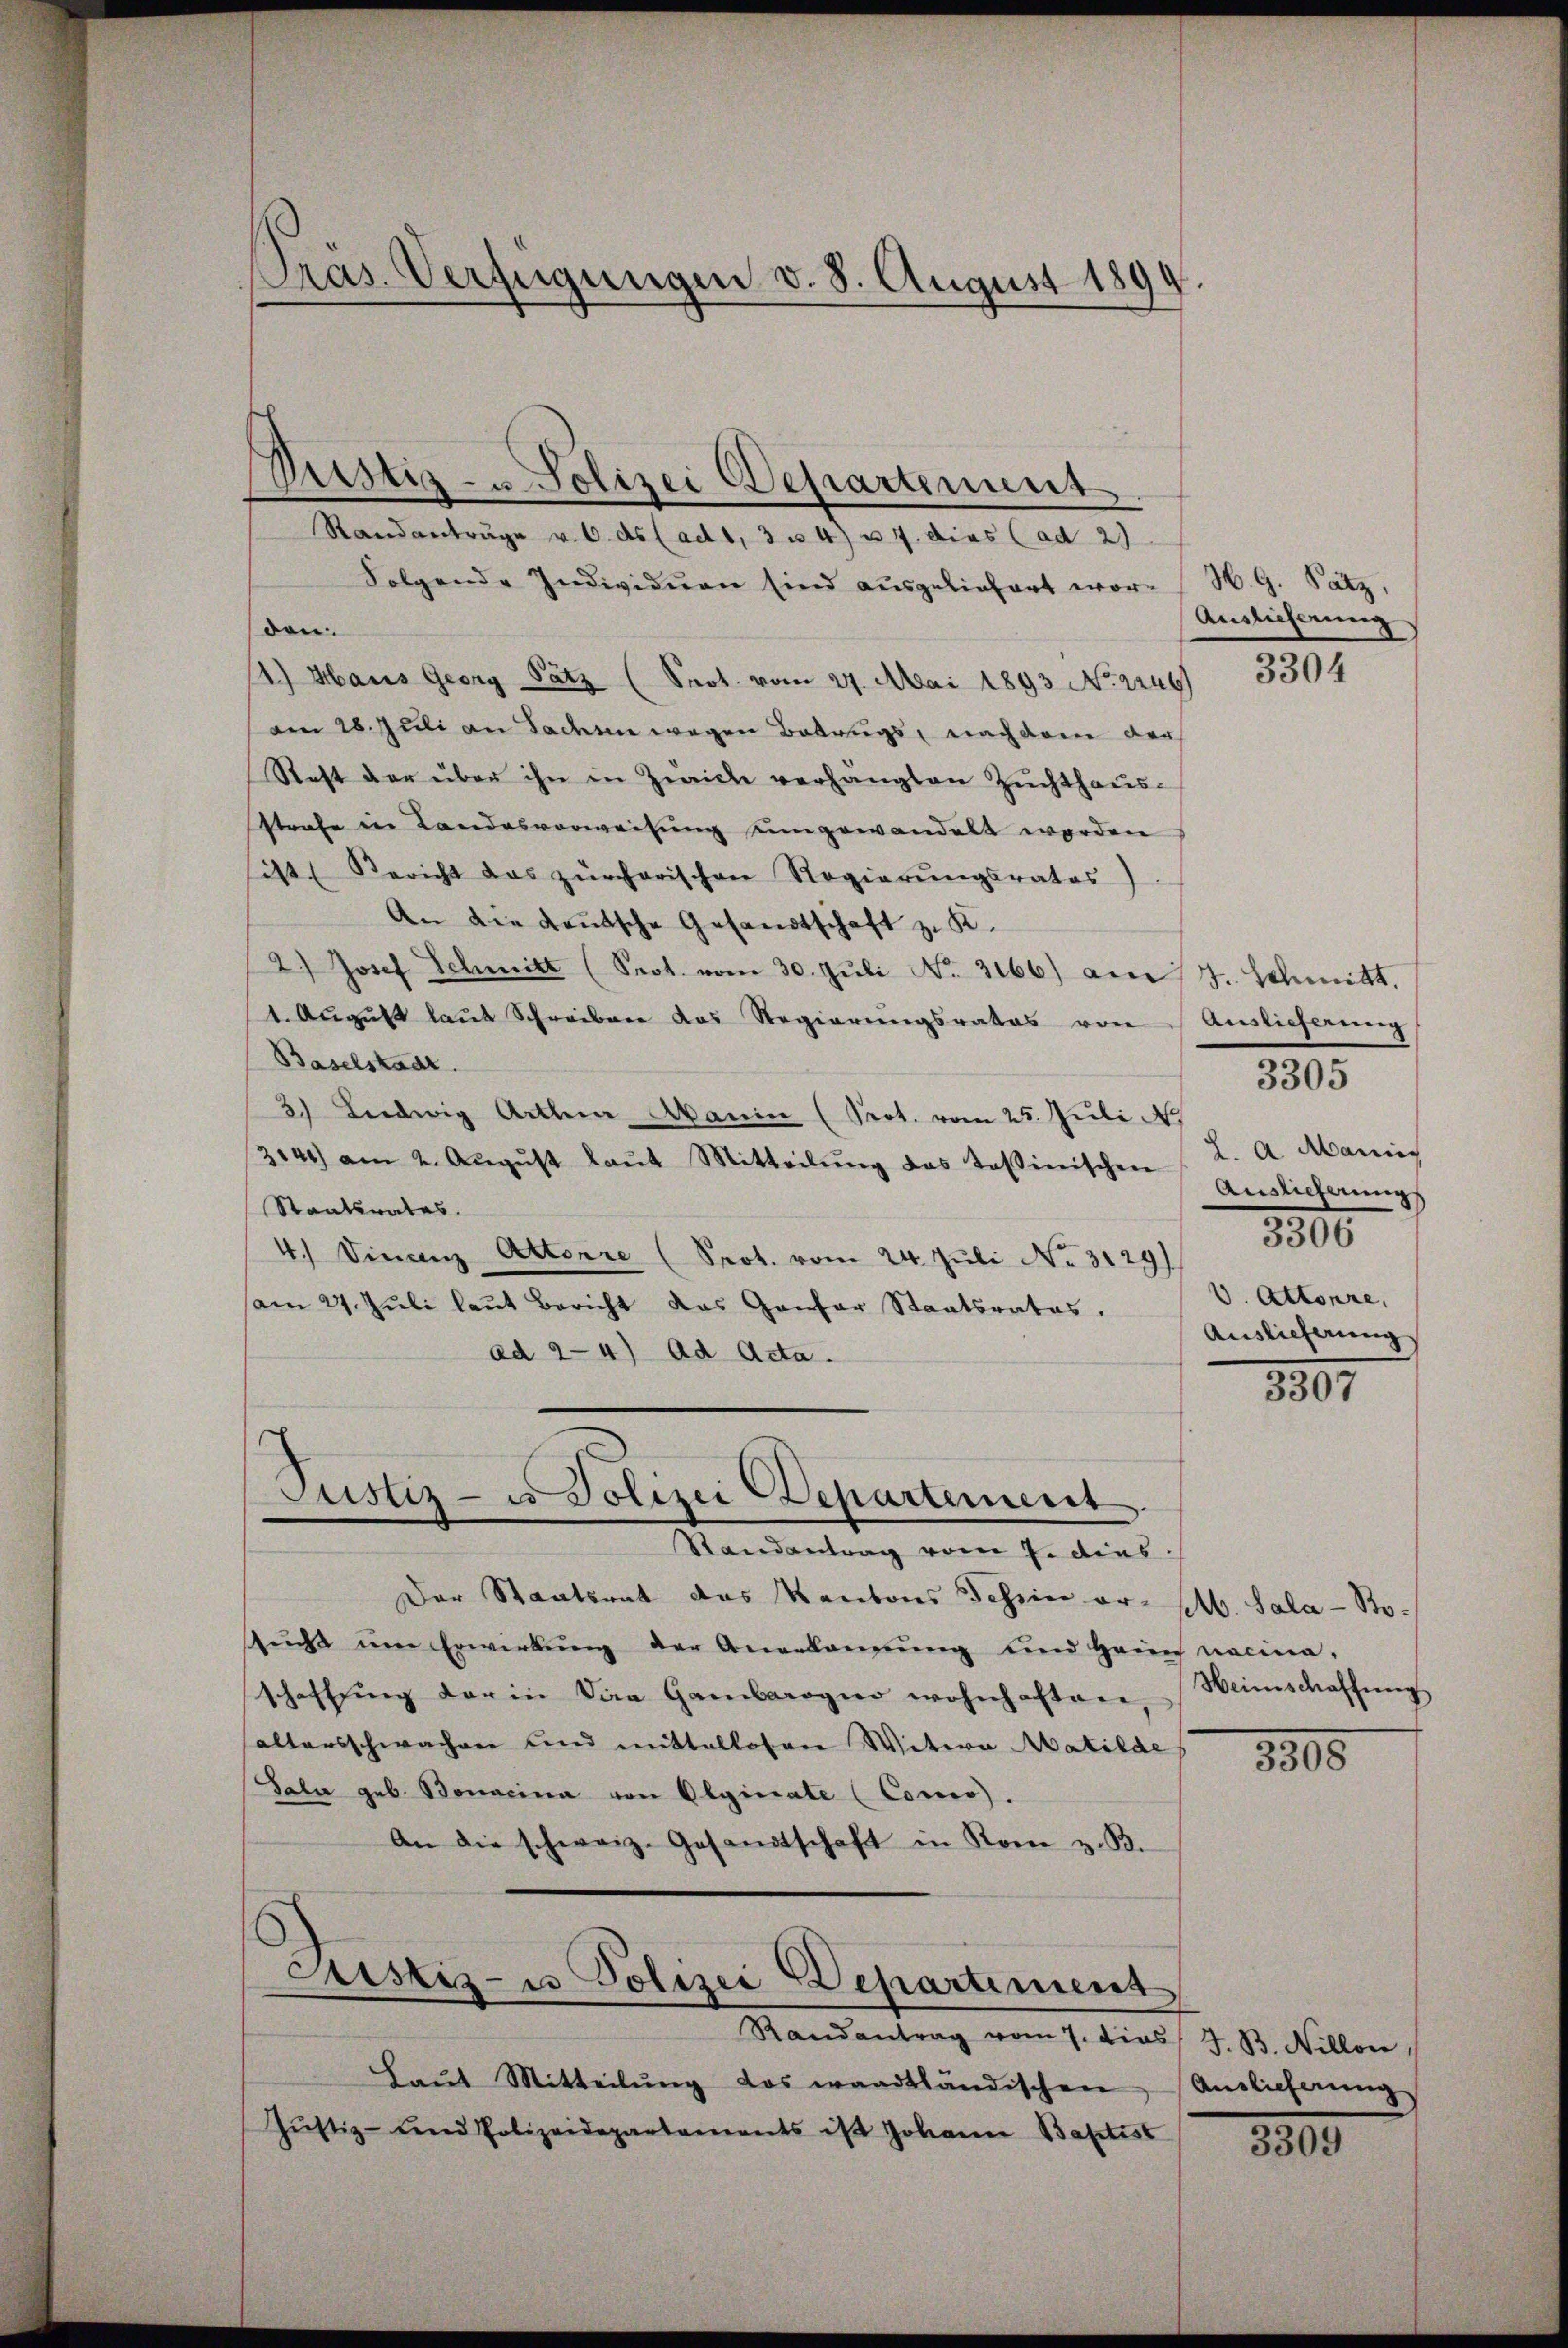
Präs. Verfügungen v. 8. August 1899.

Randanträge v. 6. ds (ad 1, 3 u. 4) u. 7. dies (ad 29
Folgende Individuen sind aŭsgeliefert wor- (H. G. Satz,
don.
1.) Haus Georg Satz (Prot. vom 27. Mai 1893 No 2246)
am 28. Juli an Laden wegen Betrugs, nachdem der
Staft der über ihn in Zürich verhängten Zuchthaŭs-
Strafe in Landesverweisung eingewandelt werden
sist. Bericht das zürcherischen Regierungsrates
An die Kautsche Gesandtschaft z. K.
2.) Josef Schmitt (Prot. vom 30. Jŭli No. 3166) am 17. Schmitt
1. Aŭgŭst laut Schreiben das Regierŭngsrates von Auslieferung
Baselstadt.
3.) Liedwig Arthner Akanin (Prot. vom 25. Juli
3141) am 2. Aŭgŭst laŭt Mitteilŭng das tasinischen Auslicherŭngs
Staatsrates.
4.) Finanz Attorre (Prot. vom 24. Juli No 3129)
am 27. Juli laut Bericht das Gantar Staatsrates.
ad 2-4) ad Acta.

Pustiz- u Polizei Departement

Justiz- u Polizei Departement

Auslieferung,
3304

Randantrag vom 7. dies
Der Staatsrat das Kantons Tessin or-M. Sala-Bo-
Recht ŭm Erwirkŭng der Angelangŭng und Heims nacina,
schaffŭng der in die Gambarogno wohnhaften Weinschaffung
altersschwachen und mittellosen Witwe Matilde
Tala geb. Bonacina von Olgirate (Conio.
An die schweiz. Gesandtschaft in Rom z. B.
Justiz- u Polizei Departement
Randantrag vom 7. dies J. B. Nillon
Laŭt Mitteilŭng das waadtländischen Antlicherŭng
Justiz- und Polizeidepartements ist Johann Baptist

2. A. Manis
3300
V. Attonre,
Auslieferung

3305

8807

8800

1815